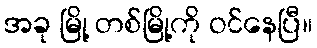
အခု မြို့ တစ်မြို့ကို ဝင်နေပြီ။